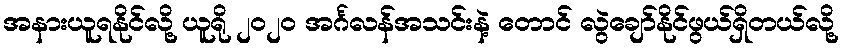
အနားယူရနိုင်လို့ ယူရို ၂၀၂၀ အင်္ဂလန်အသင်းနဲ့ တောင် လွဲချော်နိုင်ဖွယ်ရှိတယ်လို့